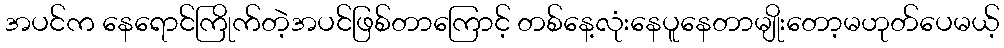
အပင်က နေရောင်ကြိုက်တဲ့အပင်ဖြစ်တာကြောင့် တစ်နေ့လုံးနေပူနေတာမျိုးတော့မဟုတ်ပေမယ့်